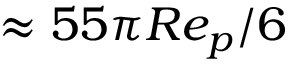
\approx 5 5 \pi R e _ { p } / 6